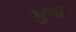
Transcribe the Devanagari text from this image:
घुमा।